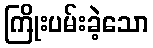
ကြိုးပမ်းခဲ့သော